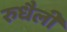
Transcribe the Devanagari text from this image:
रुधैली